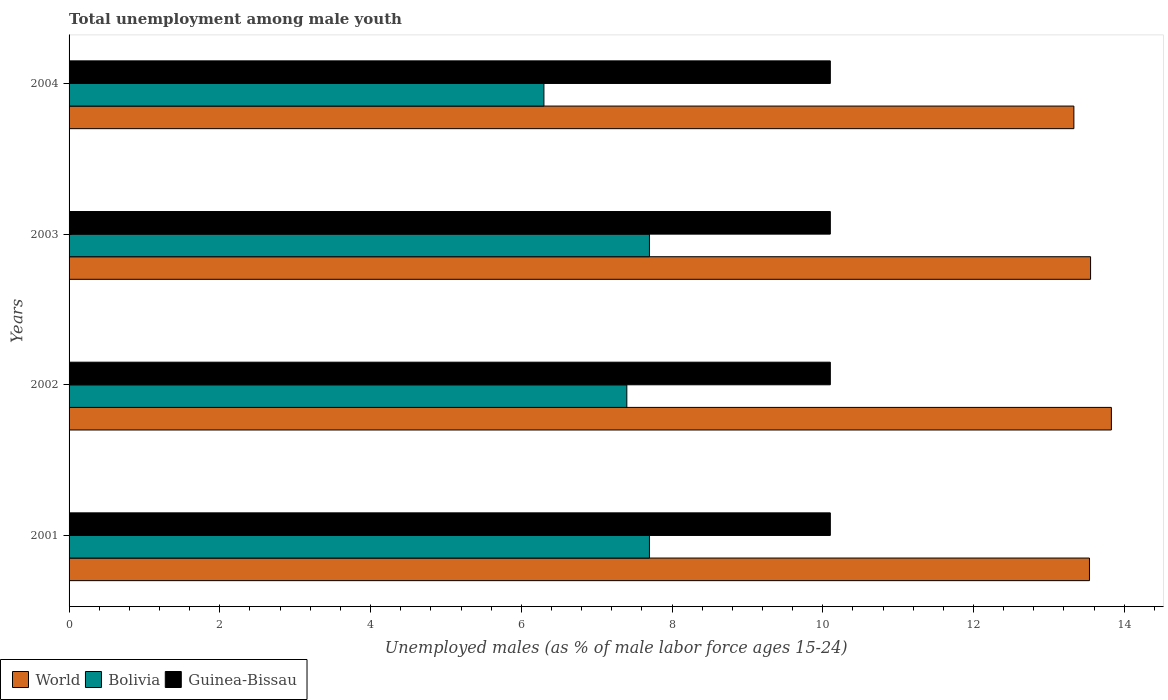
| Years | World | Bolivia | Guinea-Bissau |
 | --- | --- | --- | --- |
 | 2001 | 13.5 | 7.7 | 10.1 |
 | 2002 | 13.8 | 7.4 | 10.1 |
 | 2003 | 13.6 | 7.7 | 10.1 |
 | 2004 | 13.3 | 6.3 | 10.1 |